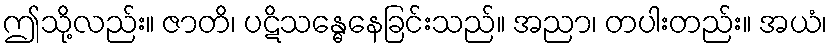
ဤသို့လည်း။ ဇာတိ၊ ပဋိသန္ဓေနေခြင်းသည်။ အညာ၊ တပါးတည်း။ အယံ၊